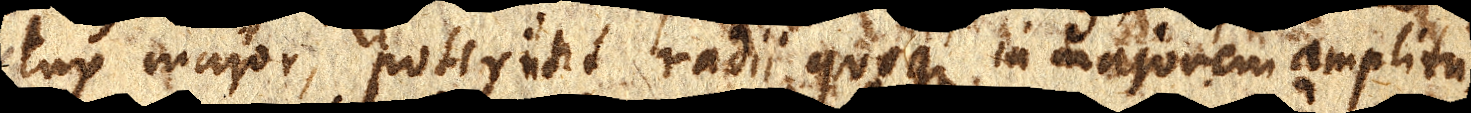
lux major, poterunt radii quoque in majorem amplitu–